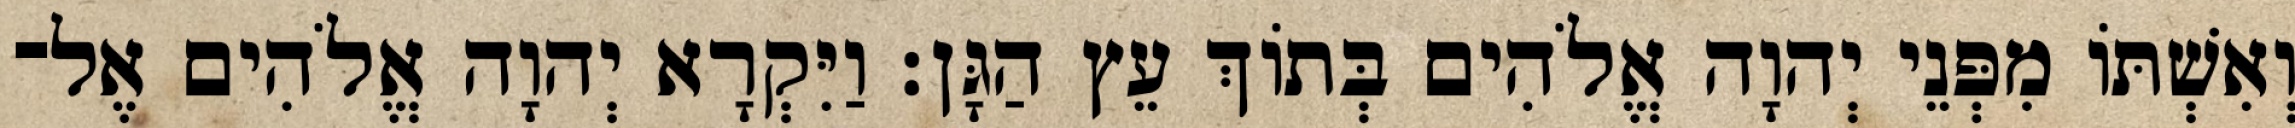
וְאִשְׁתֹּו מִפְּנֵי יְהוָה אֱלֹהִים בְּתֹוךְ עֵץ הַגָּן׃ וַיִּקְרָא יְהוָה אֱלֹהִים אֶל־